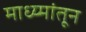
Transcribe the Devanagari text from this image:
माध्य्मांतून